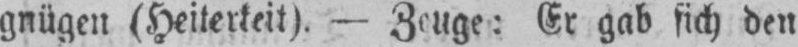
gnügen (Heiterkeit). - Zeuge: Er gab sich den